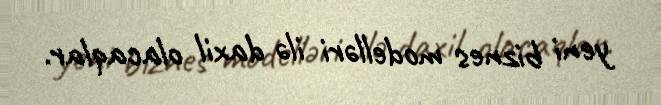
yeni biznes modelləri ilə daxil olacaqlar.